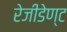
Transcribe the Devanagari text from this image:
रेजीडेण्ट